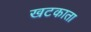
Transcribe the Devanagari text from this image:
खटकाता